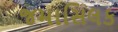
જમાસિલક